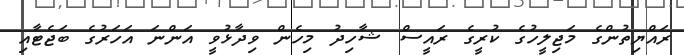
ރައްޔިތުންގެ މަޖިލީހުގެ ކުރީގެ ރައީސް ޝާހިދު މިހެން ވިދާޅުވީ އަންނަ އަހަރުގެ ބަޖެޓާއި